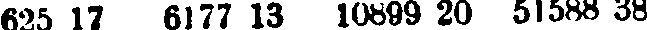
625 17 6177 13 10899 20 51588 38